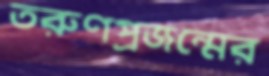
তরুণপ্রজন্মের